Civil Veterinary Dept. Bombay admin report 1900-1906 - 1900-1906
Year: 1900
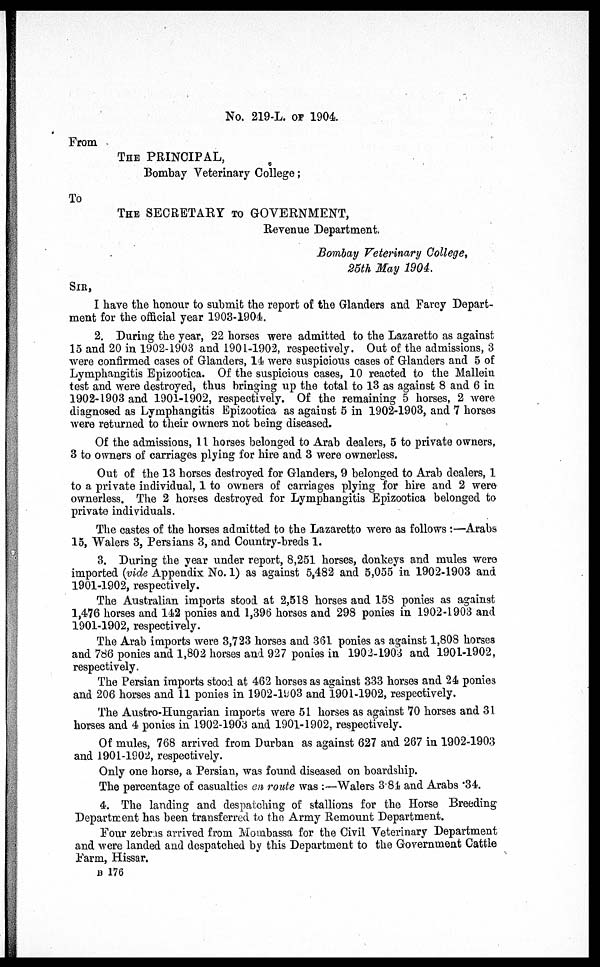
No. 219-L. of 1904.
From
THE PRINCIPAL,
Bombay Veterinary College;
To
THE SECRETARY TO GOVERNMENT,
Revenue Department.
Bombay Veterinary College,
25th May 1904.
SIR,
I have the honour to submit the report of the Glanders and Farcy Depart-
ment for the official year 1903-1904.
2. During the year, 22 horses were admitted to the Lazaretto as against
15 and 20 in 1902-1903 and 1901-1902, respectively. Out of the admissions, 3
were confirmed cases of Glanders, 14 were suspicious cases of Glanders and 5 of
Lymphangitis Epizootica. Of the suspicious cases, 10 reacted to the Mallein
test and were destroyed, thus bringing up the total to 13 as against 8 and 6 in
1902-1903 and 1901-1902, respectively. Of the remaining 5 horses, 2 were
diagnosed as Lymphangitis Epizootica as against 5 in 1902-1903, and 7 horses
were returned to their owners not being diseased.
Of the admissions, 11 horses belonged to Arab dealers, 5 to private owners,
3 to owners of carriages plying for hire and 3 were ownerless.
Out of the 13 horses destroyed for Glanders, 9 belonged to Arab dealers, 1
to a private individual, 1 to owners of carriages plying for hire and 2 were
ownerless. The 2 horses destroyed for Lymphangitis Epizootica belonged to
private individuals.
The castes of the horses admitted to the Lazaretto were as follows :—Arabs
15, Walers 3, Persians 3, and Country-breds 1.
3. During the year under report, 8,251 horses, donkeys and mules were
imported (vide Appendix No. 1) as against 5,482 and 5,055 in 1902-1903 and
1901-1902, respectively.
The Australian imports stood at 2,518 horses and 158 ponies as against
1,476 horses and 142 ponies and 1,396 horses and 298 ponies in 1902-1903 and
1901-1902, respectively.
The Arab imports were 3,723 horse3 and 361 ponies as against 1,808 horses
and 786 ponies and 1,802 horses and 927 ponies in 1902-1903 and 1901-1902,
respectively.
The Persian imports stood at 462 horses as against 333 horses and 24 ponies
and 206 horses and 11 ponies in 1902-l903 and 1901-1902, respectively.
The Austro-Hungarian imports were 51 horses as against 70 horses and 31
horses and 4 ponies in 1902-1903 and 1901-1902, respectively.
Of mules, 768 arrived from Durban as against 627 and 267 in 1902-1903
and 1901-1902, respectively.
Only one horse, a Persian, was found diseased on boardship.
The percentage of casualties en route was :—Walers 3.84 and Arabs 34.
4. The landing and despatching of stallions for the Horse Breeding
Department has been transferred to the Army Remount Department.
Four zebras arrived from Mombassa for the Civil Veterinary Department
and were landed and despatched by this Department to the Government Cattle
Farm, Hissar.
B 176